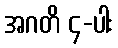
အဂတိ ၄-ပါး